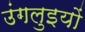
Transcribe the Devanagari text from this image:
उंगलुइयों